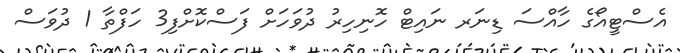
އެސްޓީއޯގެ ހާއްސަ ޑިނަރ ނައިޓް ހޮނިހިރު ދުވަހަށް ފަސްކޮށްފި3 ހަފްތާ 1 ދުވަސް